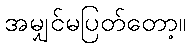
အမျှင်မပြတ်တော့။